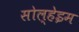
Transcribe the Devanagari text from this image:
सोल्हेइम